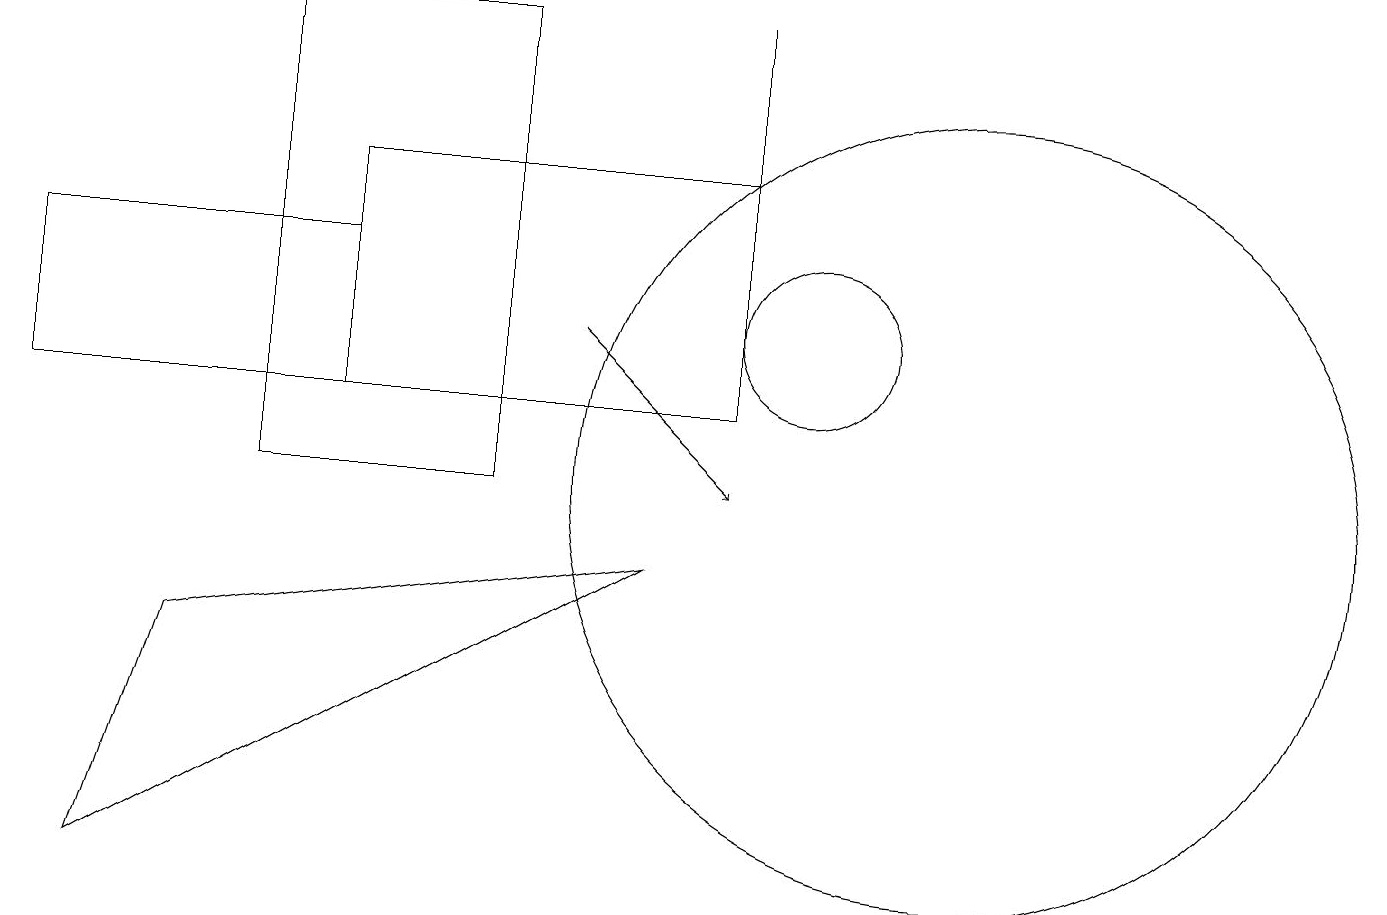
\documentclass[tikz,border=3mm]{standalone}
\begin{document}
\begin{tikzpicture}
\draw (0,13) rectangle (4,11);
\draw (8,9) -- (1,5) -- (2,8) -- cycle;
\draw (3,10) rectangle (6,16);
\draw (9,16) rectangle (9,13);
\draw (10,12) circle (1);
\draw (12,10) circle (5);
\draw[->] (7,12) -- (9,10);
\draw (9,14) rectangle (4,11);
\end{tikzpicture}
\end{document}